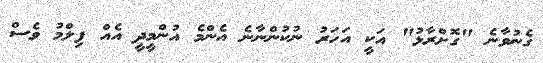
ގެނުވާނެ "ގޮށްރާޅު" އަކީ އަހަރު ނުކުންނާނެ އެންމެ އުންމީދީ އެއް ފިލްމު ވެސް